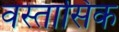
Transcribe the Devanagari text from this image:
वस्तासिक